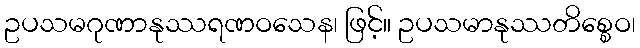
ဥပသမဂုဏာနုဿရဏဝသေန၊ ဖြင့်။ ဥပသမာနုဿတိစ္စေဝ၊